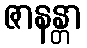
ဇာနန္တာ